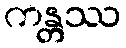
ကန္တဿ